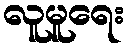
လူမူရေး